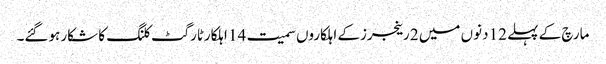
مارچ کے پہلے 12 دنوں میں 2 رینجرزکے اہلکاروں سمیت 14 اہلکارٹارگٹ کلنگ کا شکار ہوگئے۔